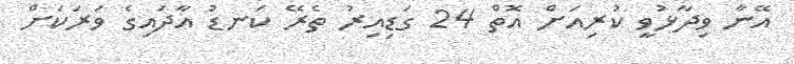
އޭނާ ވިދާޅުވީ ކުރިއަށް އޮތް 24 ގަޑިއިރު ތެރޭ ކަނޑު އާދައިގެ ވަރަކަށް